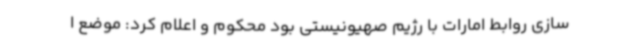
سازی روابط امارات با رژیم صهیونیستی بود محکوم و اعلام کرد: موضع ا